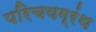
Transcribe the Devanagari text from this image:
परिचयग्रंथ